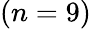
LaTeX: (n=9)